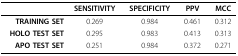
<table><thead><tr><td></td><td><b>SENSITIVITY</b></td><td><b>SPECIFICITY</b></td><td><b>PPV</b></td><td><b>MCC</b></td></tr></thead><tbody><tr><td><b>TRAINING SET</b></td><td>0.269</td><td>0.984</td><td>0.461</td><td>0.312</td></tr><tr><td><b>HOLO TEST SET</b></td><td>0.295</td><td>0.983</td><td>0.413</td><td>0.313</td></tr><tr><td><b>APO TEST SET</b></td><td>0.251</td><td>0.984</td><td>0.372</td><td>0.271</td></tr></tbody></table>